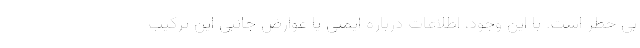
بی خطر است. با این وجود، اطلاعات درباره ایمنی یا عوارض جانبی این ترکیب